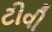
ટીવી